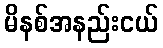
မိနစ်အနည်းငယ်